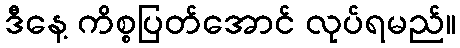
ဒီနေ့ ကိစ္စပြတ်အောင် လုပ်ရမည်။